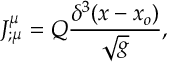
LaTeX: J _ { ; \mu } ^ { \mu } = Q { \frac { \delta ^ { 3 } ( x - x _ { o } ) } { \sqrt g } } ,